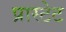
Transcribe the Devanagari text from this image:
प्रास्टेट